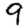
Digit: 9